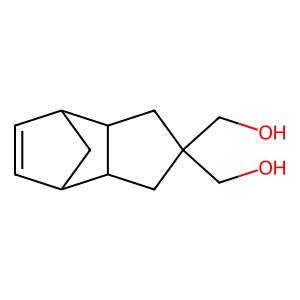
SMILES: OCC1(CO)CC2C3C=CC(C3)C2C1
Inhibits HIV replication: No